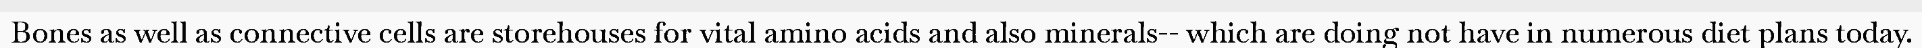
Bones as well as connective cells are storehouses for vital amino acids and also minerals-- which are doing not have in numerous diet plans today.